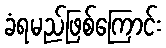
ခံရမည်ဖြစ်ကြောင်း